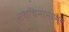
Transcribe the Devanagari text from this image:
सच्चिनानंदमन